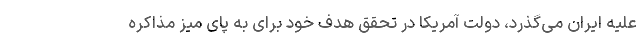
علیه ایران می‌گذرد، دولت آمریکا در تحقق هدف خود برای به پای میز مذاکره